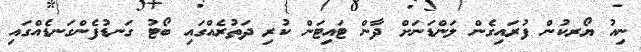
ނިއު ޔޯރކުން ފުރައިގެން ލަންޑަނަށް ދާން ޓައިޓަން ކުރި ދަތުރެއްގައި ބޯޓު ގަނޑުފެންގަނޑެއްގައި